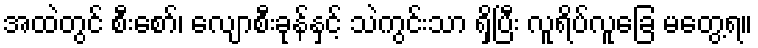
အထဲတွင် စီးစော်၊ လျောစီးခုန်နှင့် သဲကွင်းသာ ရှိပြီး လူရိပ်လူခြေ မတွေ့ရ။